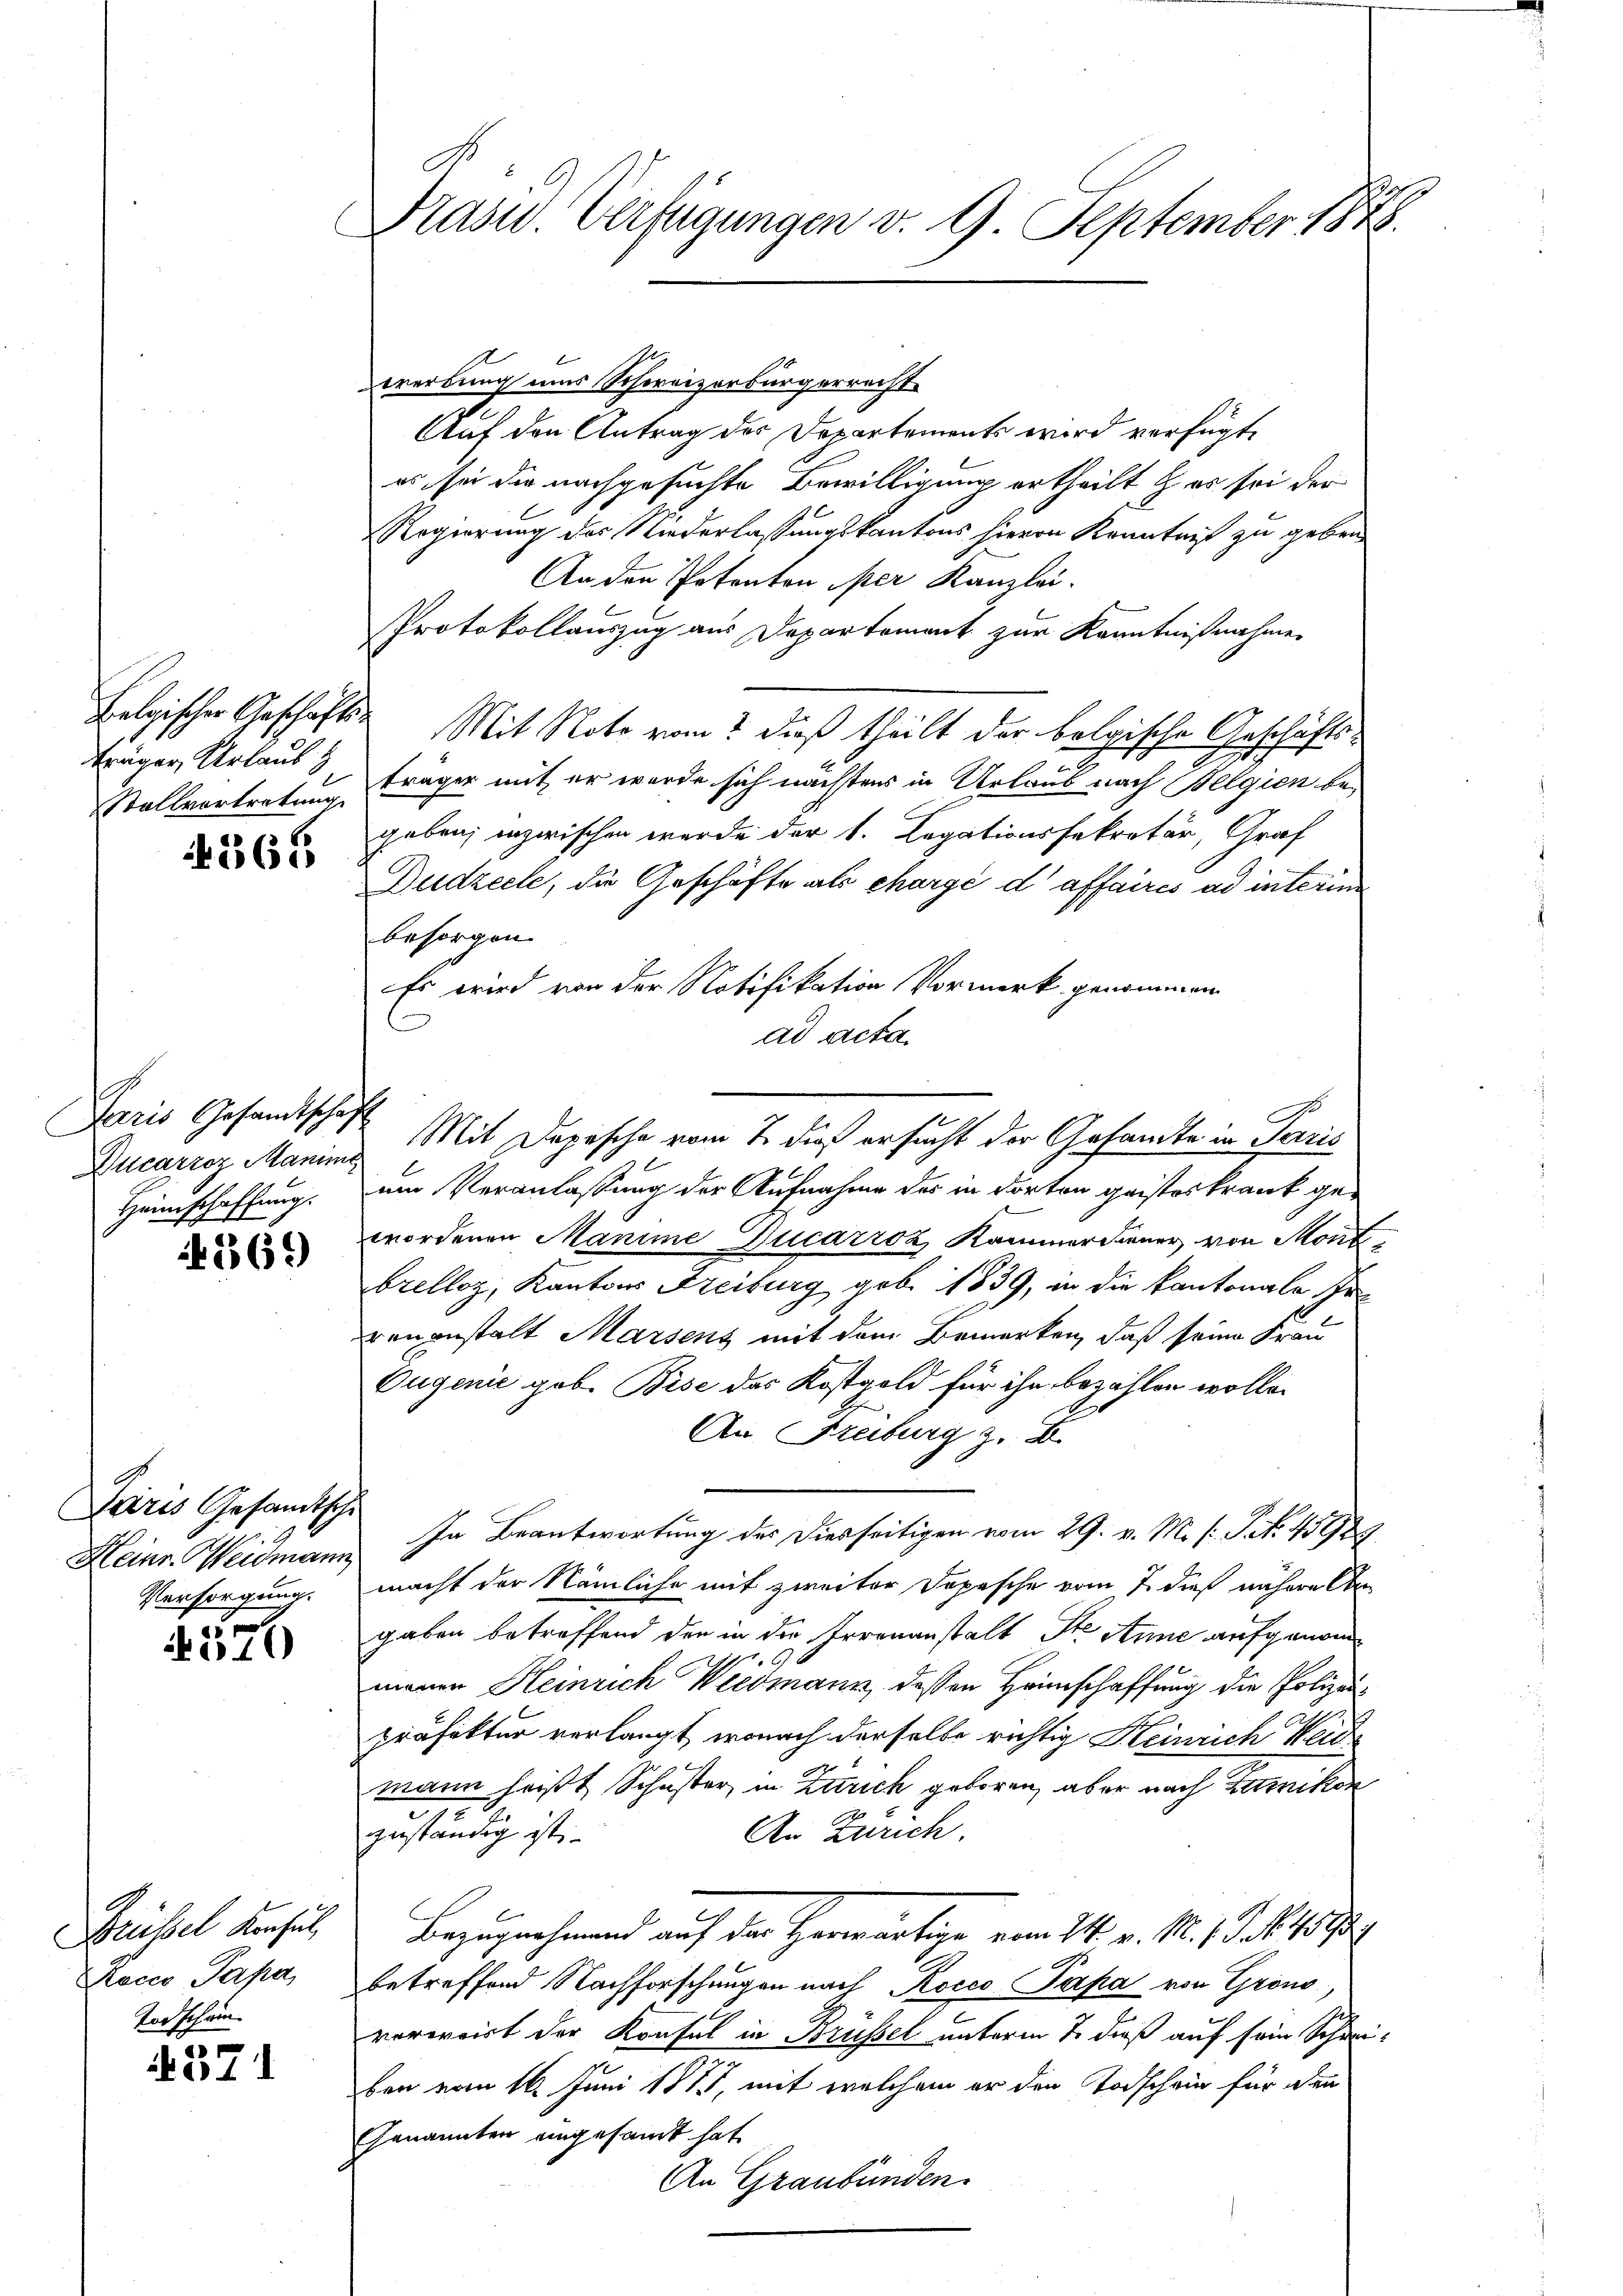
Belgischer Geschäfts-
träger Urlaub z

565

Paris Gesandtschaft
Ducarroz Manime
Heimschaffung.

1269)

Lairis Gesandtsche
Versorgung.

x
ir10

Brüssel Konsul,
Todschein

a
bis 11

Präsid. Verfügungen v. 9. September 1848.

wrerbung uns Schweizerbürgerrecht
Auf den Antrag des Departements wird verfügt,
es sei die nachgesuchte Bewilligung ertheilt & es sei der
Regierung des Niederlassungskantons hievon Kenntniß zu geben.
An den Potenton per Kanzlei.
Protokollauszug aus Departement zur Kenntnißnahme
Mit Note vom dieß theilt der belgische Geschäfts¬
1
e
Stallvortretung träger mit er werde sich nächstens in Urlaub nach Belgien begeben; inzwischen werde der 1. Legationssekretär, Graf
Dudzecle, die Geschäfte als chargé d affaires ad interim
besorgen
Es wird von der Notifikation Vormerk genommen
ad acta.
um Veranlassung der Aufnahme des in dorten geisteskrank gewordenen Manime Ducarroz, Kammerdiener von Mont
brelloz, Kantons Freiburg geb. 1839, in die kantonale Irenanstalt Marsenz mit dem Bemerken, daß seine Frau
Ougenie gob. Bise des Kostgeld für ihn bezahlen wolle.
An Freiburg z. B.
Heinr. Weidmann. In Beantwortung des Diesseitigen vom 29. v. M. s. S. Nr. 15989
macht der Nämliche mit zweiter Depesche vom 7. dieß nähere Ab
gaben betreffend den in die Irrenanstalt Ste Anne aufgenom
meine Heinrich Weidmann, dessen Heimschaffung die Polizeipräfektur verlangt, wonach derselbe richtig Heinrich Weide
mann heißt, Schuster, in Zürich geboren, aber nach Ettinikon
7
zuständig ist.
An Zürich.
Bezugnahmend auf der Herwärtige vom 24. v. M. 11. No. 1890
Rocco Papa betreffend Nachforschungen nach Rocco Papa von Grono
verweist der Konsul in Brüssel unterm 7. dieß auf sein Schwei-
ben vom 16. Juni 1815, mit welchem er den Todschein für den
Genannten eingesandt hat

Mit Depesche vom 7. dieß ersucht der Gesandte in Paris